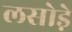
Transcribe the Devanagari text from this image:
लसोडे़